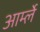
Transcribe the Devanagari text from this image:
आर्म्ले